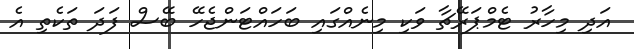
އަދި މިހާރު ޓެމްޕަރޭޗާ ވަކި މިނެއްގައި ބަހައްޓަންޖެހޭ ބޭސް ފަދަ ތަކެތި އެ